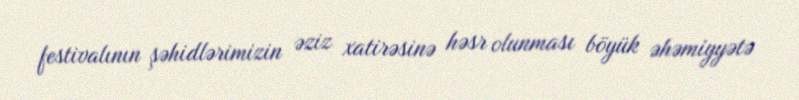
festivalının şəhidlərimizin əziz xatirəsinə həsr olunması böyük əhəmiyyətə